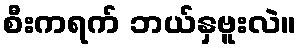
စီးကရက် ဘယ်နှဗူးလဲ။